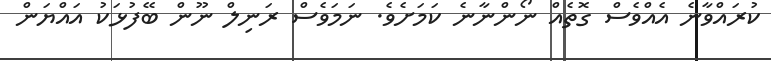
ކުރައްވާނެ އެއްވެސް ގޮތެއް ނޯންނާނެ ކަމަށެވެ. ނަމަވެސް ރަނިލް ނޫން ބޭފުޅަކު އައްޔަން